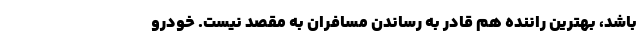
باشد، بهترین راننده هم قادر به رساندن مسافران به مقصد نیست. خودرو